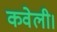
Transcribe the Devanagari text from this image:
कवेली।